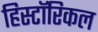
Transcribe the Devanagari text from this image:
हिस्टाॅरिकल